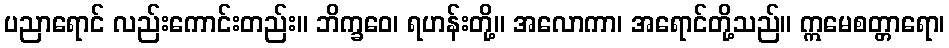
ပညာရောင် လည်းကောင်းတည်း။ ဘိက္ခဝေ၊ ရဟန်းတို့။ အလောကာ၊ အရောင်တို့သည်။ ဣမေစတ္တာရော၊